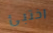
اختبئ